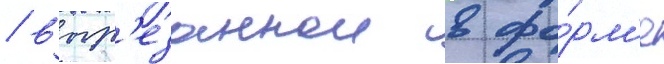
/ выр'езаннои в фо́рм'е